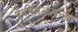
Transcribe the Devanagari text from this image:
पत्रीसरकारच्या